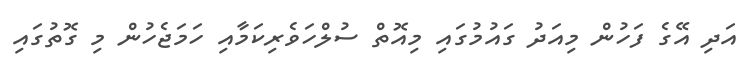
އަދި އޭގެ ފަހުން މިއަދު ގައުމުގައި މިއޮތް ސުލްހަވެރިކަމާއި ހަމަޖެހުން މި ގޮތުގައި